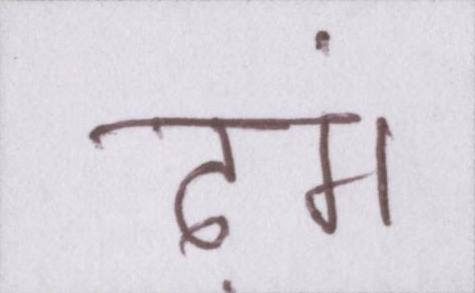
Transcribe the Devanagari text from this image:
ढ़ंग